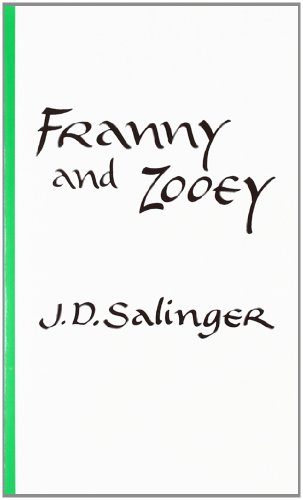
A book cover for Franny and Zooey; J. D. Salinger; Literature & Fiction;